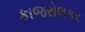
કાજરોલકર